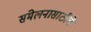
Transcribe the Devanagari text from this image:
संमेलनासाठीचे